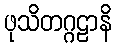
ဖုသိတဂ္ဂဠာနိ